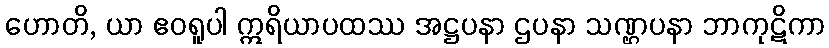
ဟောတိ, ယာ ဧဝရူပါ ဣရိယာပထဿ အဋ္ဌပနာ ဌပနာ သဏ္ဌပနာ ဘာကုဋိကာ